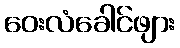
ဝေးလံခေါင်ဖျား